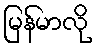
မြန်မာလို